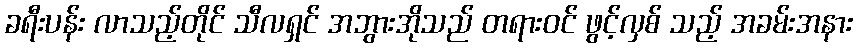
ခရီးပန်း လာသည့်တိုင် သီလရှင် အဘွားအိုသည် တရားဝင် ဖွင့်လှစ် သည့် အခမ်းအနား